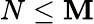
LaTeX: N\le\mathbf{M}